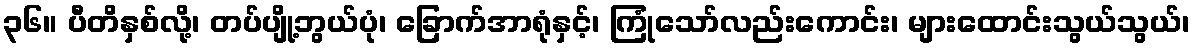
၃၆။ ပီတိနှစ်လို့၊ တပ်ပျို့ဘွယ်ပုံ၊ ခြောက်အာရုံနှင့်၊ ကြုံသော်လည်းကောင်း၊ များထောင်းသွယ်သွယ်၊